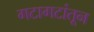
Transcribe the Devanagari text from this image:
गटागटांतून